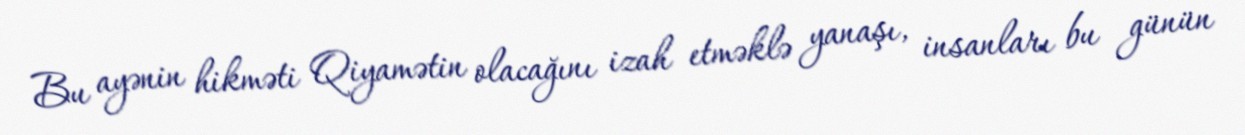
Bu ayənin hikməti Qiyamətin olacağını izah etməklə yanaşı, insanları bu günün